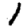
Digit: 1